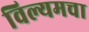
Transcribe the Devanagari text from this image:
विल्यमचा